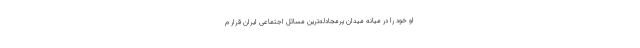
او خود را در میانه میدان پرمجادله‌ترین مسائل اجتماعی ایران قرار م